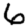
Digit: 6